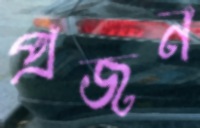
প্রজন